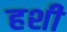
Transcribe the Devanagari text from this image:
हशी